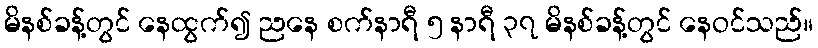
မိနစ်ခန့်တွင် နေထွက်၍ ညနေ စက်နာရီ ၅ နာရီ ၃၇ မိနစ်ခန့်တွင် နေဝင်သည်။